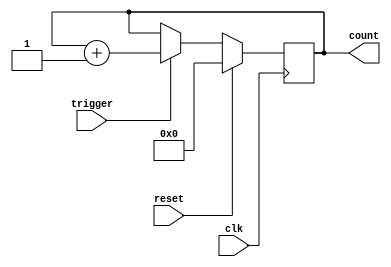
module counter(
    input clk,    // Clock signal
    input trigger, // Input signal to trigger counting operation
    input reset,   // Reset signal
    output reg [3:0] count // Output signal to display current count value
);

always @(posedge clk) begin
    if (reset) begin
        count <= 4'b0000; // Reset count value to zero
    end else if (trigger) begin
        count <= count + 1; // Increment count value by one
    end
end

endmodule